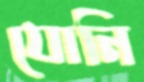
যোনি